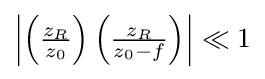
\left|\left({\tfrac {z_{R}}{z_{0}}}\right)\left({\tfrac {z_{R}}{z_{0}-f}}\right)\right|\ll 1